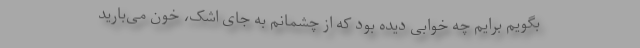
بگویم برایم چه خوابی دیده بود که از چشمانم به جای اشک، خون می‌بارید